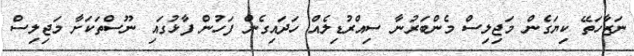
ނަޒާހަތޭ ކިޔަގެން މަޖިލިސް މެންބަރުނާ ސިއްރުޑިލެއް ހަދައިގެން ފަހުން ފާޅުގައި ނޫސްތަކަށާ މަޖިލިސް